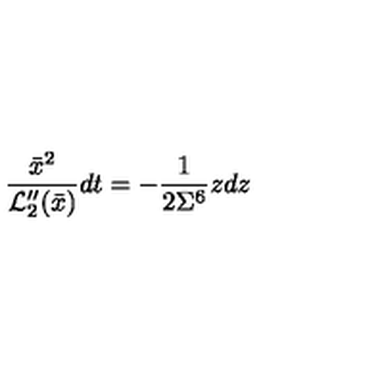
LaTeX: \frac { \bar { x } ^ { 2 } } { { \cal L } _ { 2 } ^ { \prime \prime } ( \bar { x } ) } d t = - \frac { 1 } { 2 \Sigma ^ { 6 } } z d z